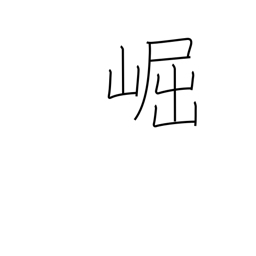
Meaning: high & lofty (mountains)